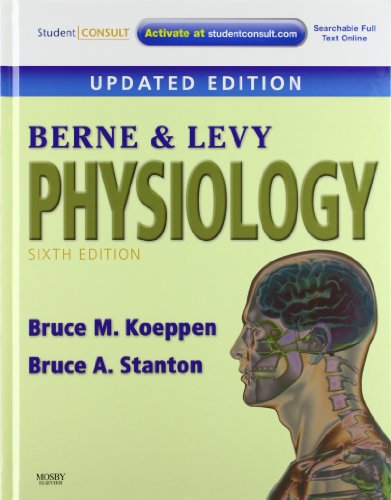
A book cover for Berne & Levy Physiology, 6th Updated Edition, with Student Consult Online Access; Bruce M. Koeppen; Medical Books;